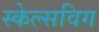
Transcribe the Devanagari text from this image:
स्केल्सविग